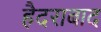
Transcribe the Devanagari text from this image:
हैदराबाद